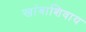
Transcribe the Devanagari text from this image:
खांबाशिवाय